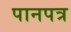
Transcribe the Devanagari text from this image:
पानपत्र